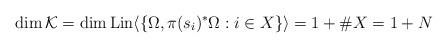
LaTeX: \begin{align*}\dim {\cal K}=\dim {\rm Lin}\langle\{\Omega,\pi(s_i)^*\Omega:i\in X\}\rangle=1+\#X=1+N\end{align*}